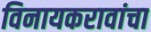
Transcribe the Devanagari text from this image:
विनायकरावांचा